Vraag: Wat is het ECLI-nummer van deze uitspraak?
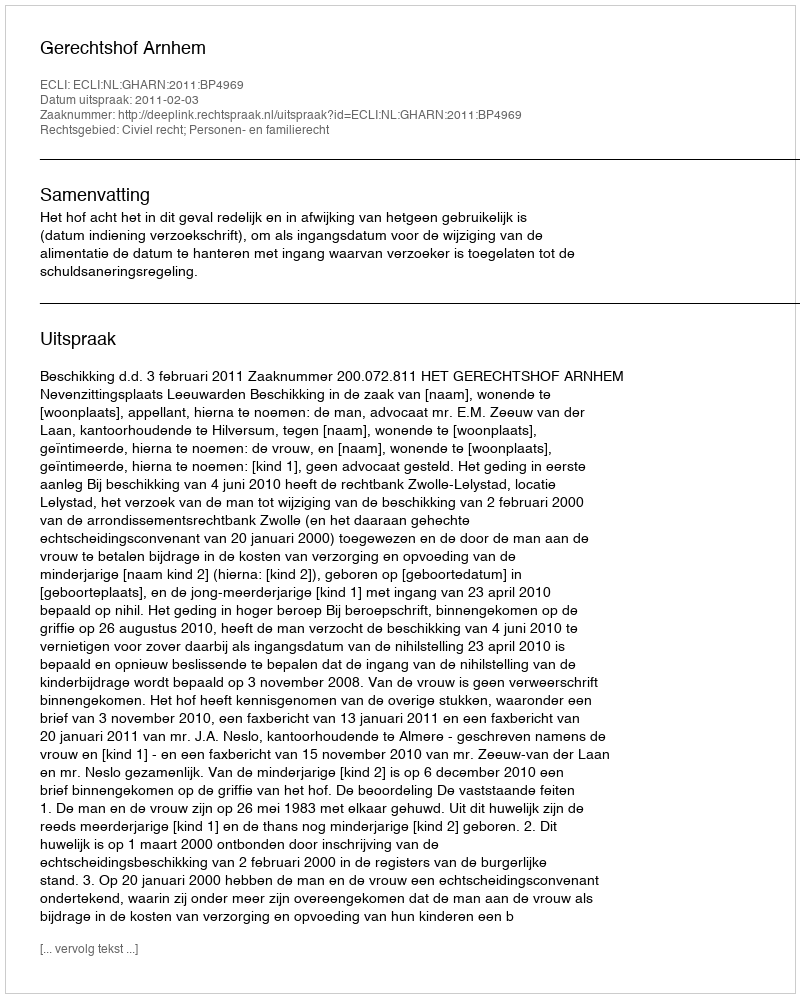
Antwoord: ECLI:NL:GHARN:2011:BP4969